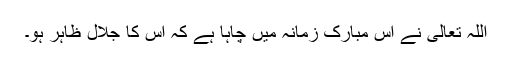
اللہ تعالیٰ نے اس مبارک زمانہ میں چاہا ہے کہ اس کا جلال ظاہر ہو۔